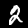
Digit: 2